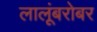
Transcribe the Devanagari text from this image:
लालूंबरोबर